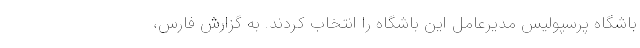
باشگاه پرسپولیس مدیرعامل این باشگاه را انتخاب کردند. به گزارش فارس،